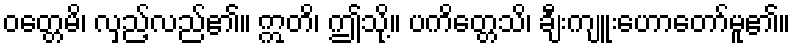
ဝတ္တေမိ၊ လှည့်လည်၏။ ဣတိ၊ ဤသို့။ ပကိတ္တေသိ၊ ချီးကျူးဟောတော်မူ၏။